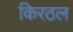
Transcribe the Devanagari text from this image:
किरठल